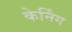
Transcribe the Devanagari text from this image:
केर्निंग